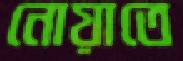
নোয়াতে